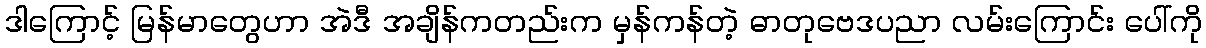
ဒါကြောင့် မြန်မာတွေဟာ အဲဒီ အချိန်ကတည်းက မှန်ကန်တဲ့ ဓာတုဗေဒပညာ လမ်းကြောင်း ပေါ်ကို